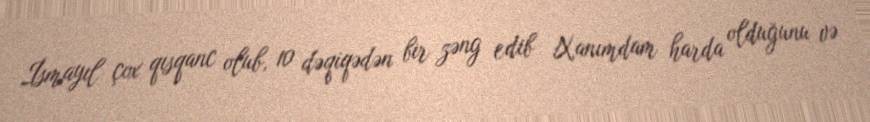
İsmayıl çox qısqanc olub, 10 dəqiqədən bir zəng edib Xanımdam harda olduğunu və